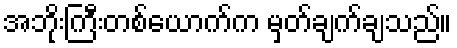
အဘိုးကြီးတစ်ယောက်က မှတ်ချက်ချသည်။